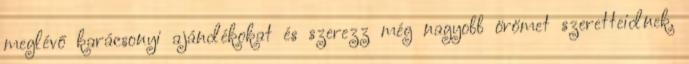
meglévő karácsonyi ajándékokat és szerezz még nagyobb örömet szeretteidnek.